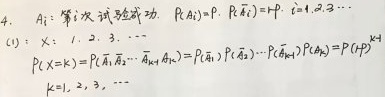
4. \(A_{i}\)：第\(i\)次试验成功，\(P(A_{i}) = p\)，\(P(\overline{A_{i}})=1 - p\)，\(i = 1,2,3,\cdots\)

(1) \(X = 1,2,3,\cdots\)
\(P\{X = k\}=P(\overline{A_{1}}\overline{A_{2}}\cdots\overline{A_{k - 1}}A_{k})=P(\overline{A_{1}})P(\overline{A_{2}})\cdots P(\overline{A_{k - 1}})P(A_{k})=(1 - p)^{k - 1}p\)